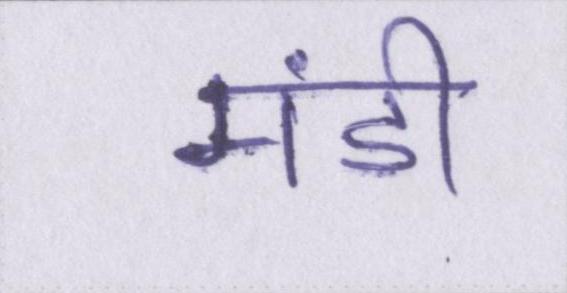
मंडी